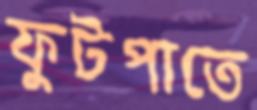
ফুটপাতে